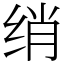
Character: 绡